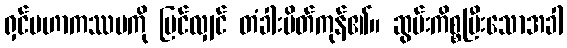
ရှင်မဟာကဿပကို မြင်လျှင် တံခါးပိတ်ကုန်၏။ ဆွမ်းကိစ္စပြီးသောအခါ